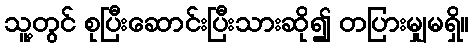
သူ့တွင် စုပြီးဆောင်းပြီးသားဆို၍ တပြားမျှမရှိ။